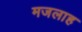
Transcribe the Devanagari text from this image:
मजलाह